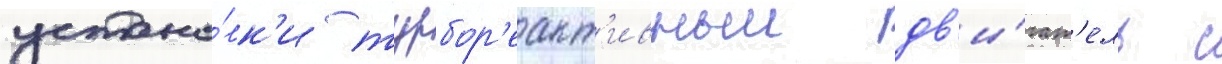
устано́вк'и турбор'еакт'ивныи дв'и́гат'ель с